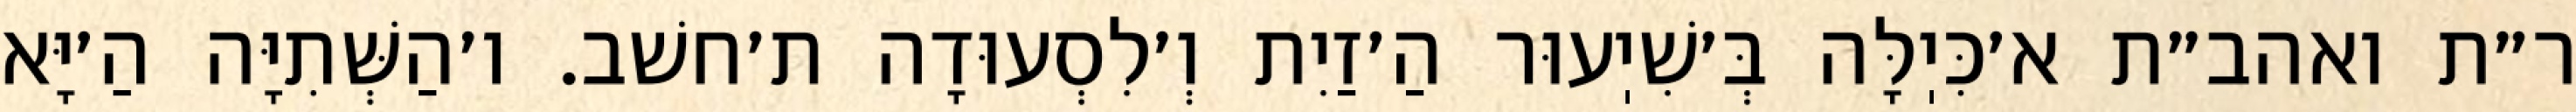
ר״ת ואהב״ת א׳כִּיֽלָּה בְּ׳שִׁיֽעוּר הַ׳זַיִת וְ׳לִסְעוּדָה ת׳חשׁב. ו׳הַשְּׁתִיָּה הַ׳יָּא